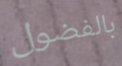
بالفضول